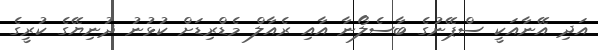
އަދި އޭނާއަކީ ސްޕޭނުގެ ބާސެލޯނާ އާއި ރެއާލް މެޑްރިޑަށް ކުޅުނު ދުނިޔޭގެ ކުރީގެ